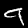
Digit: 9